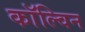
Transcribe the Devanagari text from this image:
काॅल्विन